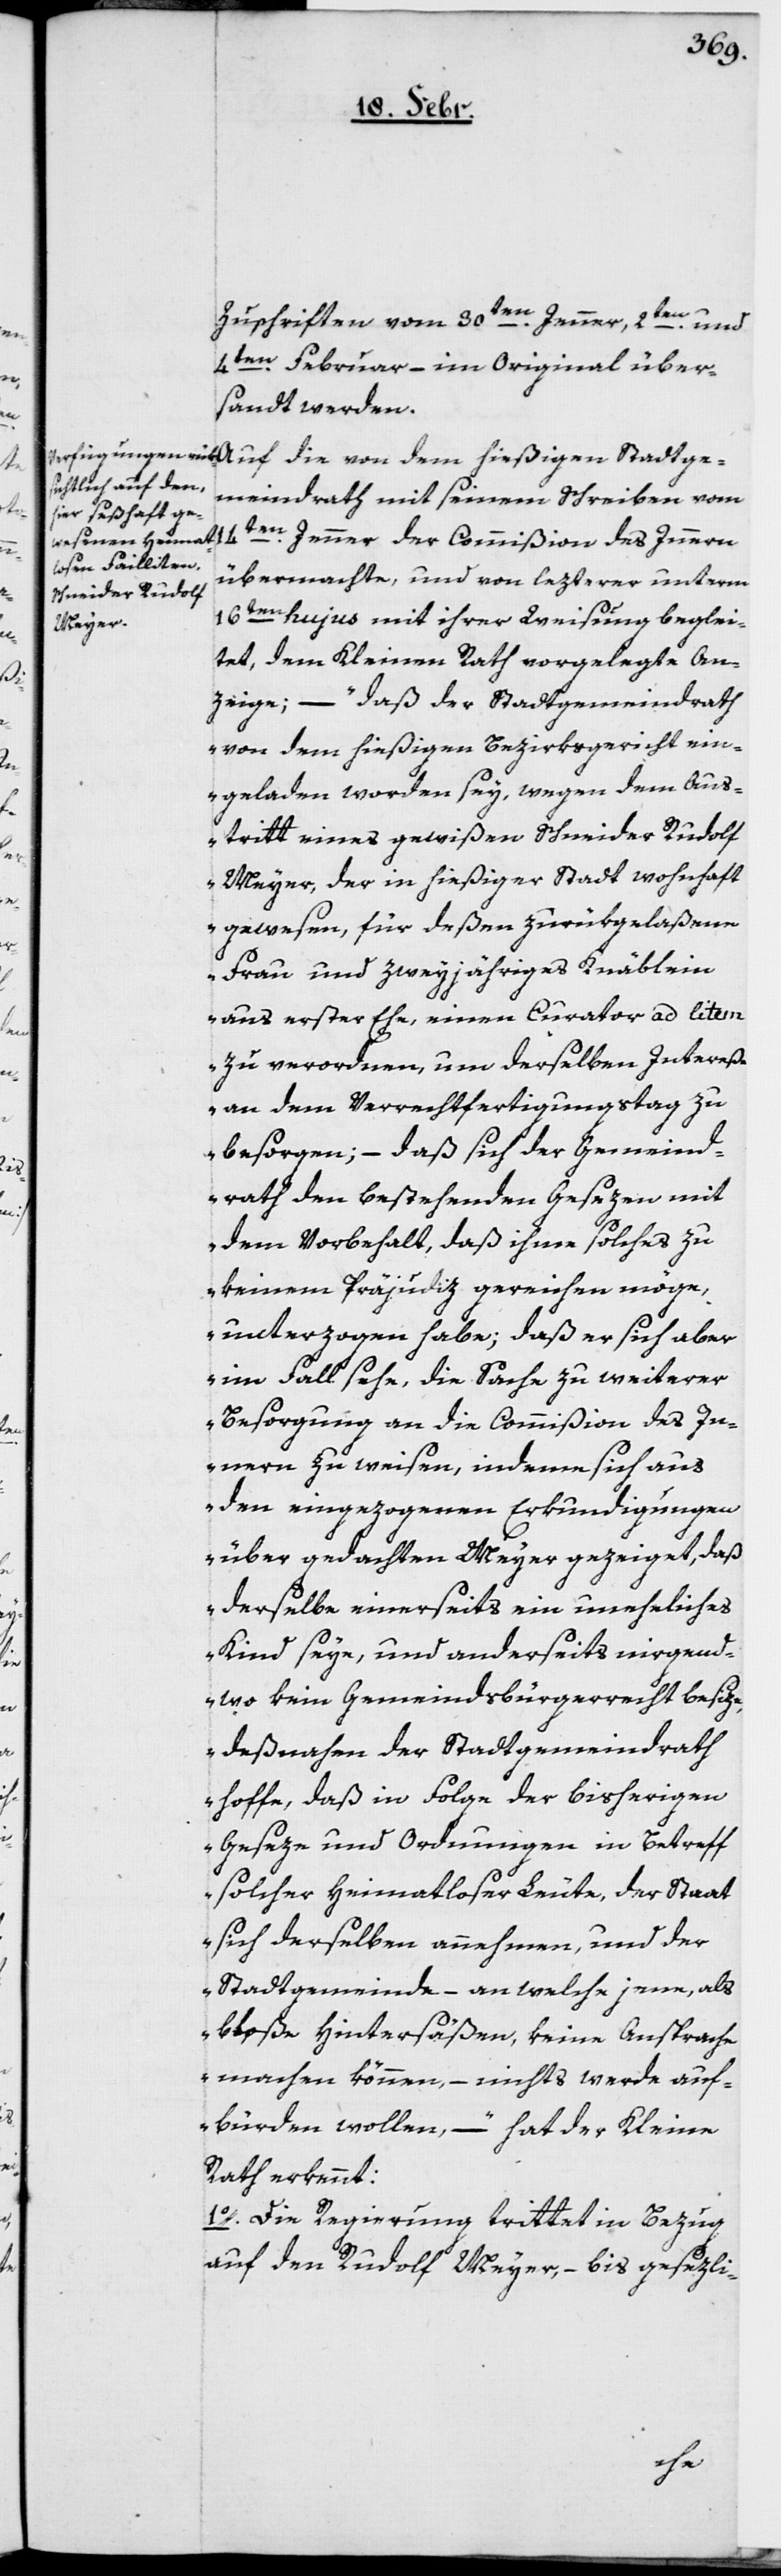
Zuschriften vom 30ten. Jenner, 2ten. und
4ten. Februar – im Original über¬
sandt werden.
meindrath mit seinem Schreiben vom
14ten. Jenner der Commißion des Innern
übermachte, und von lezterer unterm
16ten. hujus mit ihrer Weisung beglei¬
tet, dem Kleinen Rath vorgelegte An¬
zeige, – „daß der Stadtgemeindrath
von dem hießigen Bezirksgericht ein¬
geladen worden sey, wegen dem Aus¬
tritt eines gewißen Schneider Rudolf
Meyer, der in hießiger Stadt wohnhaft
gewesen, für deßen zurükgelaßene
Frau und zweyjähriges Knäblein
aus erster Ehe, einen Curator ad litem
zu verordnen, um derselben Intereß¬
en dem Verrechtfertigungstag zu
besorgen; – daß sich der Gemeind¬
rath den bestehenden Gesezen mit
dem Vorbehalt, daß ihme solches zu
keinem Präjudiz gereichen möge,
unterzogen habe; daß er sich aber
im Fall sehe, die Sache zu weiterer
Besorgung an die Commißion des In¬
nern zu weisen, indeme sich aus
den eingezogenen Erkundigungen
über gedachten Meyer gezeiget, daß
derselbe einerseits ein uneheliches
Kind seye, und anderseits nirgend¬
wo kein Gemeindsbürgerrecht besize,
deßnahen der Stadtgemeindrath
hoffe, daß in Folge der bisherigen
Geseze und Ordnungen in Betreff
solcher heimatloser Leute, der Staat
sich derselben annehmen, und der
Stadtgemeinde – an welche jene, als
bloße Hintersäßen, keine Ansprache
machen können, – nichts werde auf¬
bürden wollen“, – hat der Kleine
Rath erkennt:
1o. Die Regierung trittet in Bezug
auf den Rudolf Meyer, – bis gesezli-
tge¬